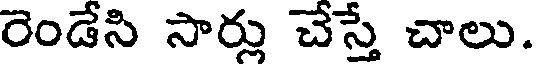
రెండేసి సార్లు చేస్తే చాలు.